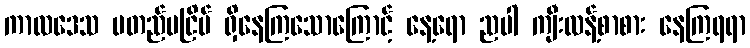
ကာလဒေသ မတည်မငြိမ် ရှိနေကြသောကြောင့် နေ့ရော ညပါ ကျီးလန့်စာစား နေကြရရာ